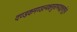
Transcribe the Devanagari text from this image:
दण्डकमण्डल्वक्षसुत्राभयाङ्कचतुर्भुजां